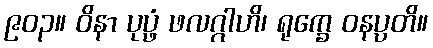
၉၀၃။ ဝိနာ ပုပ္ဖံ ဖလဂ္ဂါဟိ၊ ရုက္ခေ ဝနပ္ပတိ။